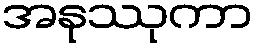
အနုဿုကာ